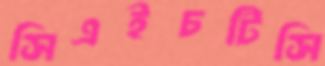
সিএইচটিসি